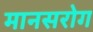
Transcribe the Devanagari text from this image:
मानसरोग